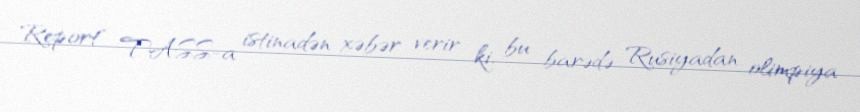
Report" TASS-a istinadən xəbər verir ki, bu barədə Rusiyadan olimpiya